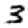
Digit: 3